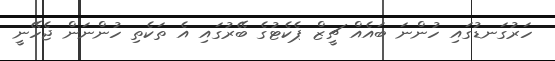
ހަރުގަނޑުގައި ހުންނަ ބައެއް ޗީޒް ޕެކެޓުގެ ބޭރުގައި އެ ތަކެތި ހުންނަން ޖެހޭނީ